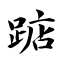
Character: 踮